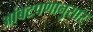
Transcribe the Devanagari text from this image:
आंबटपणानुसार